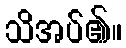
သိအပ်၏။